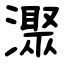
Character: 㵵